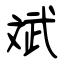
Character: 斌